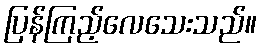
ပြန်ကြည့်လေသေးသည်။